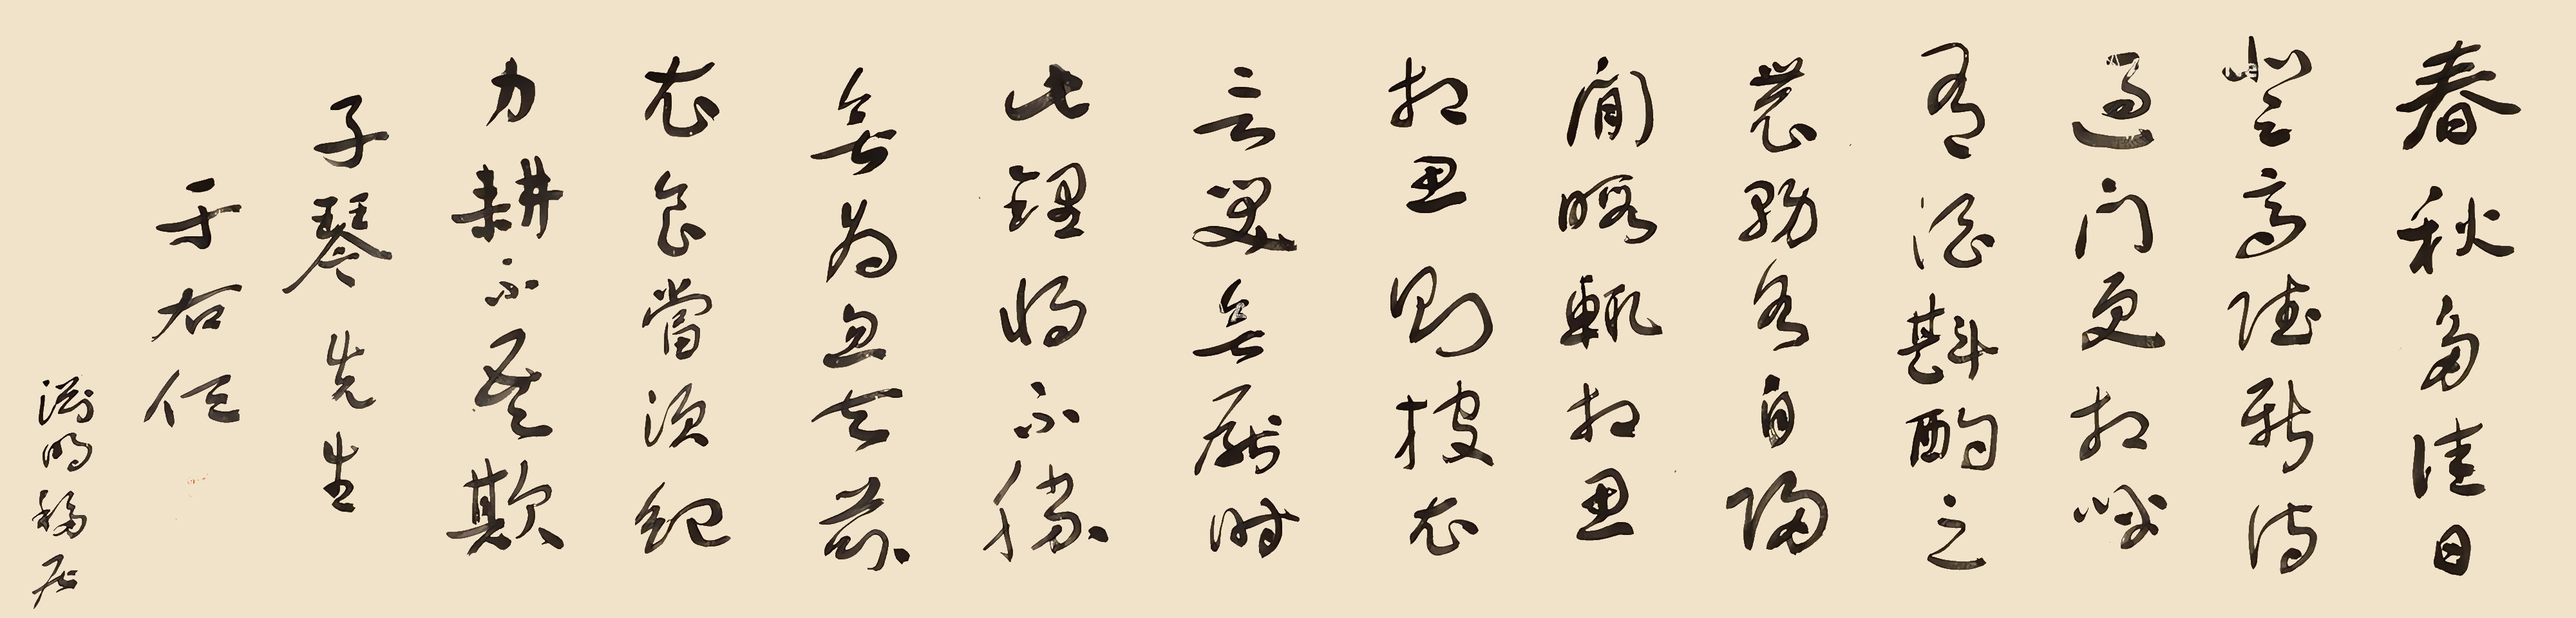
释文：春秋多佳日，登高赋新诗。过门更相呼，有酒斟酌之。

农务各自归，闲暇辄相思。相思则披衣，言笑无厌时。

此理将不胜？无为忽去兹。衣食当须纪，力耕不吾欺。子琴先生，于右任，渊明移居